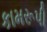
કામરૂપી